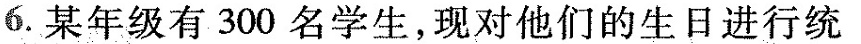
6.某年级有300名学生，现对他们的生日进行统